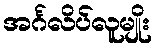
အင်္ဂလိပ်လူမျိုး